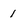
Character: 1